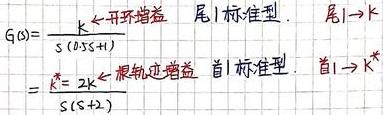
\[
\begin{align*}
G(s)&=\frac{k \text{ 开环增益}}{s(Ts + 1)} \text{ 尾1标准型. 尾1} \to k\\
&=\frac{k^* = 2k \text{ 根轨迹增益}}{s(s + 2)} \text{ 首1标准型. 首1} \to k^*
\end{align*}
\]